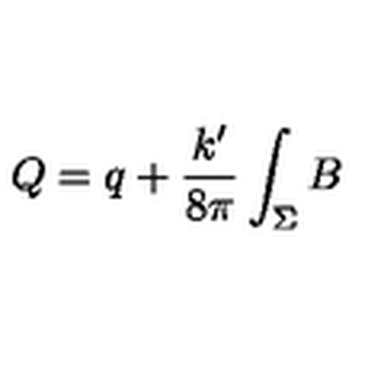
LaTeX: Q = q + \frac { k ^ { \prime } } { 8 \pi } \int _ { \Sigma } B